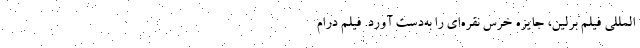
‌المللی فیلم برلین، جایزه‌ٔ خرس نقره‌ای را به‌دست آورد. فیلم درام